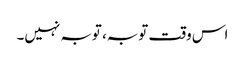
اس وقت توبہ، توبہ نہیں۔